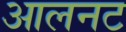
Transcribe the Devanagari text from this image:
आलनट